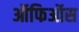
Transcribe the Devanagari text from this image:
ऑफिऑस